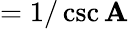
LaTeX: ={1/\csc\mathbf{A}}